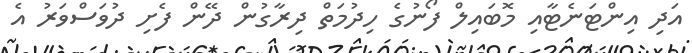
އަދި އިންޓަނެޓާއި މޮބައިލް ފޯނުގެ ހިދުމަތް ދިރާގުން ދޭން ފެށި ދުވަސްވަރު އެ